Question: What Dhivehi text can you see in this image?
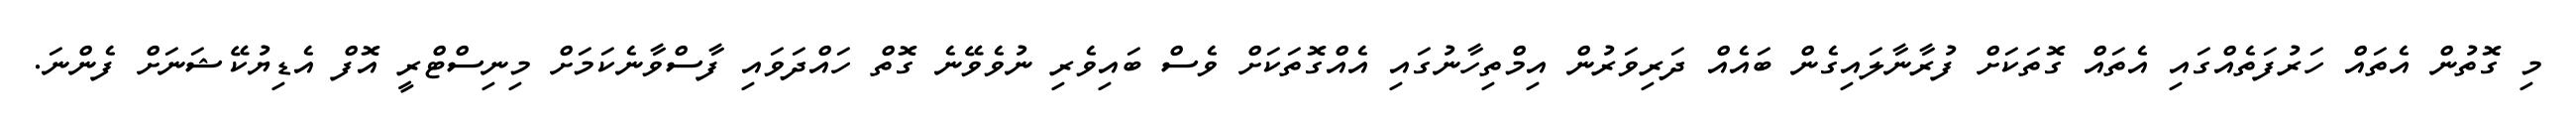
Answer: މި ގޮތުން އެތައް ހަރުފަތެއްގައި އެތައް ގޮތަކަށް ފުރާނާލައިގެން ބައެއް ދަރިވަރުން އިމްތިހާނުގައި އެއްގޮތަކަށް ވެސް ބައިވެރި ނުވެވޭނެ ގޮތް ހައްދަވައި ފާސްވާނެކަމަށް މިނިސްޓްރީ އޮފް އެޑިޔުކޭޝަނަށް ފެންނަ.